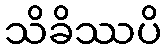
သိခိဿပိ